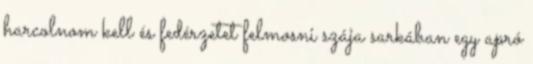
harcolnom kell és fedérzetet felmosni szája sarkában egy apró